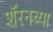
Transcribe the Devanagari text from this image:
शॅरनच्या